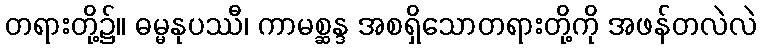
တရားတို့၌။ ဓမ္မနုပဿီ၊ ကာမစ္ဆန္ဒ အစရှိသောတရားတို့ကို အဖန်တလဲလဲ